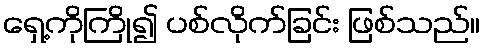
ရှေ့ကိုကြို၍ ပစ်လိုက်ခြင်း ဖြစ်သည်။